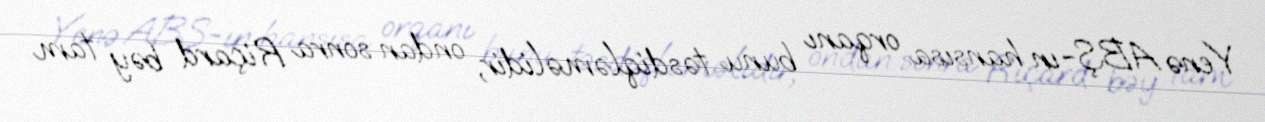
Yenə ABŞ-ın hansısa orqanı bunu təsdiqləməlidir, ondan sonra Riçard bəy tam